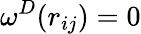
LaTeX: \omega^{D}(r_{ij})=0